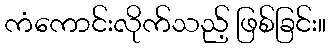
ကံကောင်းလိုက်သည့် ဖြစ်ခြင်း။